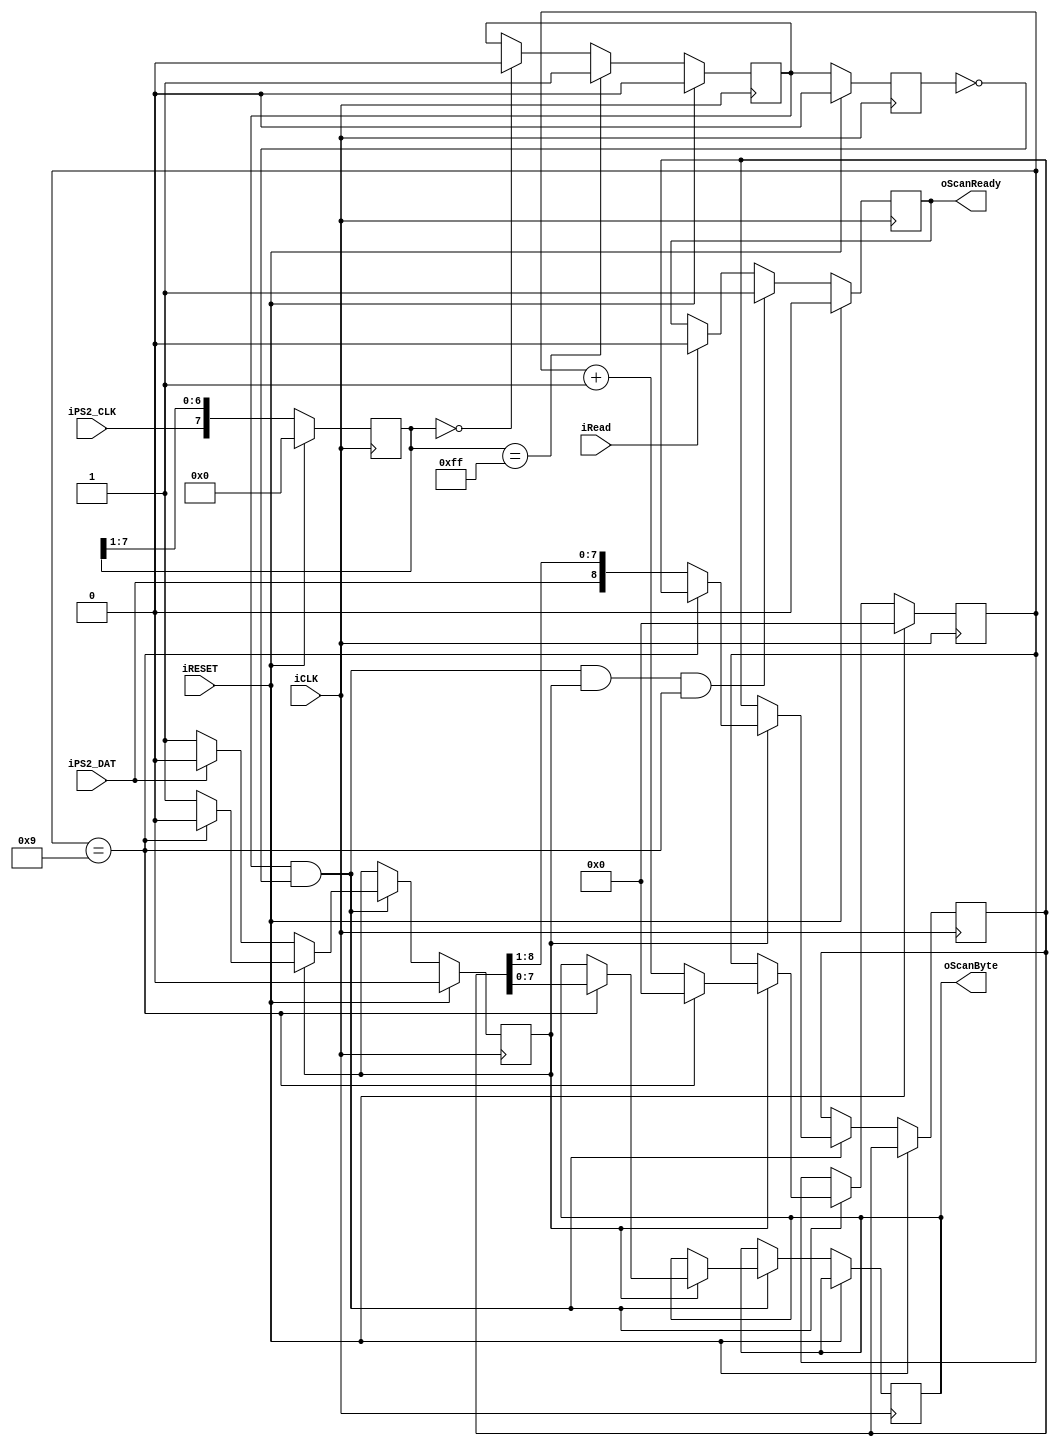
/****************************************************************
 * Skyler Schneider ss868                                       *
 * ECE 5760 Final Project                                       *
 * Sand Game                                                    *
 ****************************************************************/

// Module that reads bytes from the PS2 input and report them to
// some external module / system.
module PS2_ScanCodeReader (
    input            iPS2_CLK,   // PS2 clock input (20~30KHz)
    input            iPS2_DAT,   // PS2 data input
    input            iCLK,       // System clock
    input            iRESET,     // System reset
    input            iRead,      // System accepts scan byte
    output reg       oScanReady, // Asserted when a scan byte is ready
    output reg [7:0] oScanByte   // The scan byte that was read
);
    
    reg       ReadingChar;
    
    reg [3:0] BitCntr;
    reg [8:0] ShiftIn;
    
    reg [7:0] PS2_CLK_buffer;
    reg       PS2_CLK_debounced;
    reg       PS2_CLK_debounced_prev;
    wire      PS2_CLK_POSEDGE;
    
    assign PS2_CLK_POSEDGE = PS2_CLK_debounced & ~PS2_CLK_debounced_prev;
    
    // This process reads in serial data coming from the terminal.
    always @(posedge iCLK) begin
        if(iRESET) begin
            PS2_CLK_buffer         <= 8'b0;
            PS2_CLK_debounced      <= 1'b0;
            PS2_CLK_debounced_prev <= 1'b0;
            BitCntr                <= 4'd0;
            ReadingChar            <= 1'b0;
            oScanReady             <= 1'b0;
        end
        else begin
            // Debounce the PS2_CLK.
            PS2_CLK_buffer <= {iPS2_CLK, PS2_CLK_buffer[7:1]};
            if(PS2_CLK_buffer == 8'hFF) begin
                PS2_CLK_debounced <= 1'b1;
            end
            else if(PS2_CLK_buffer == 8'h00) begin
                PS2_CLK_debounced <= 1'b0;
            end
            PS2_CLK_debounced_prev <= PS2_CLK_debounced;
            
            if(PS2_CLK_POSEDGE) begin
                // PS2_CLK has risen.
                if(~ReadingChar) begin
                    // Catch trigger to start assembling a scan byte.
                    if(~iPS2_DAT) ReadingChar <= 1'b1;
                end
                else begin
                    // Shift in 8 data bits to assemble a scan byte.
                    if(BitCntr == 4'd9) begin
                        // Already received eight bits - output scan byte.
                        BitCntr     <= 4'd0;
                        oScanByte   <= ShiftIn[7:0];
                        ReadingChar <= 1'b0;
                    end
                    else begin
                        BitCntr     <= BitCntr + 4'd1;
                        ShiftIn     <= {iPS2_DAT, ShiftIn[8:1]};
                    end
                end
            end
            
            // oScanReady is raised when a scan byte has been assembled,
            // and it is cleared the next time the clock ticks and iRead is asserted.
            if (PS2_CLK_POSEDGE & ReadingChar & (BitCntr == 4'd9)) begin
                oScanReady <= 1'b1;
            end
            else if(iRead) begin
                oScanReady <= 1'b0;
            end
            
        end
    end
    
endmodule